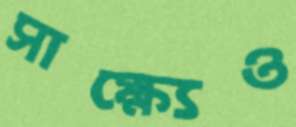
সাক্ষ্যেও